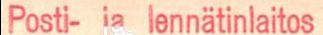
Posti- ja lennätinlaitos